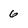
Character: 6